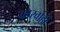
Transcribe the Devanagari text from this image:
कारर्वाही